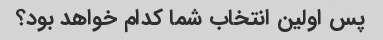
پس اولین انتخاب شما کدام خواهد بود؟